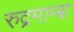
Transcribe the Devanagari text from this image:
रुद्रमाम्बा